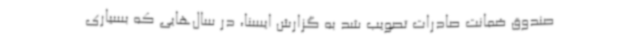
صندوق ضمانت صادرات تصویب شد به گزارش ایسنا، در سال‌هایی که بسیاری